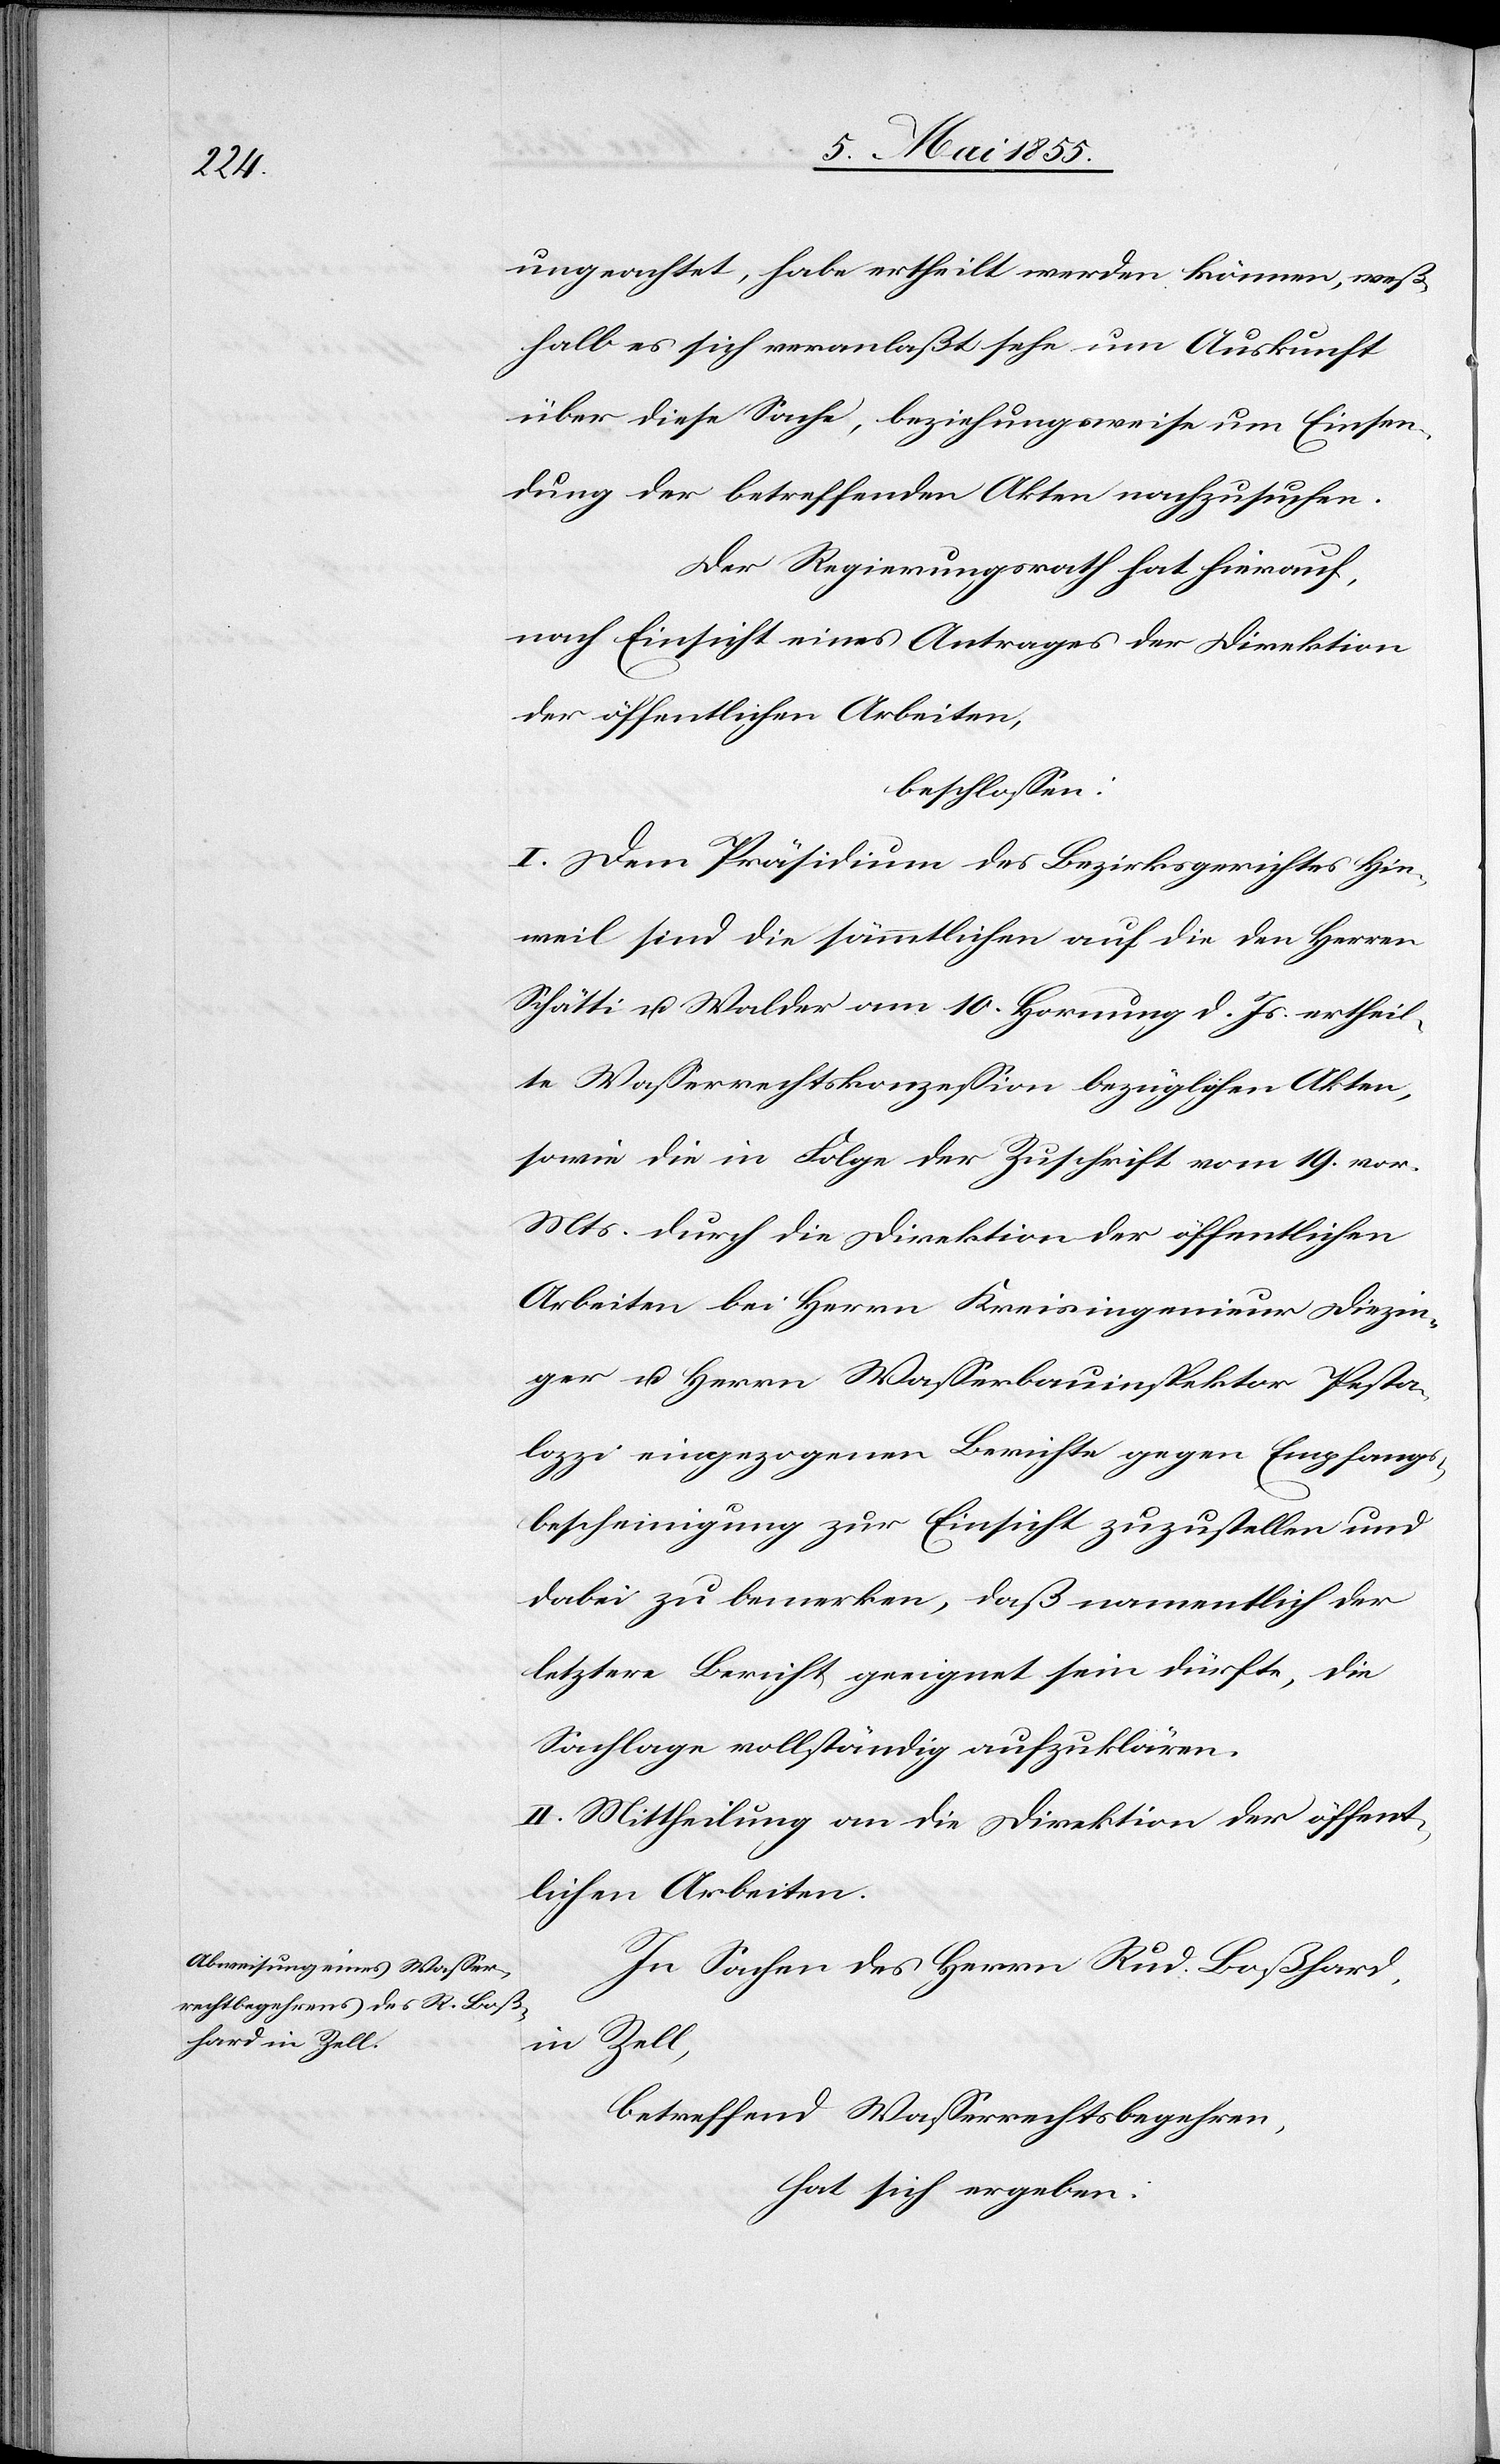
ungeachtet, habe ertheilt werden können, weß¬
halb es sich veranlaßt sehe um Auskunft
über diese Sache, beziehungsweise um Einsen¬
dung der betreffenden Akten nachzusuchen.
Der Regierungsrath hat hierauf,
nach Einsicht eines Antrages der Direktion
der öffentlichen Arbeiten,
beschlossen:
I. Dem Präsidium des Bezirksgerichtes Hin¬
weil sind die sämmtlichen auf die den Herren
Schätti u. Walder am 10. Hornung d. Js. ertheil¬
te Wasserrechtskonzession bezüglichen Akten,
sowie die in Folge der Zuschrift vom 19. vor.
Mts. durch die Direktion der öffentlichen
Arbeiten bei Herrn Kreisingenieur Diezin¬
ger u. Herrn Wasserbauinspektor Pesta¬
lozzi eingezogenen Berichte gegen Empfangs¬
bescheinigung zur Einsicht zuzustellen und
dabei zu bemerken, daß namentlich der
letztere Bericht geeignet sein dürfte, die
Sachlage vollständig aufzuklären.
II. Mittheilung an die Direktion der öffent¬
lichen Arbeiten.
In Sachen des Herrn Rud. Boßhard,
in Zell,
betreffend Wasserrechtsbegehren,
hat sich ergeben: